Civil Veterinary Department Bihar reports 1936-40 - 1936-1940
Year: 1936
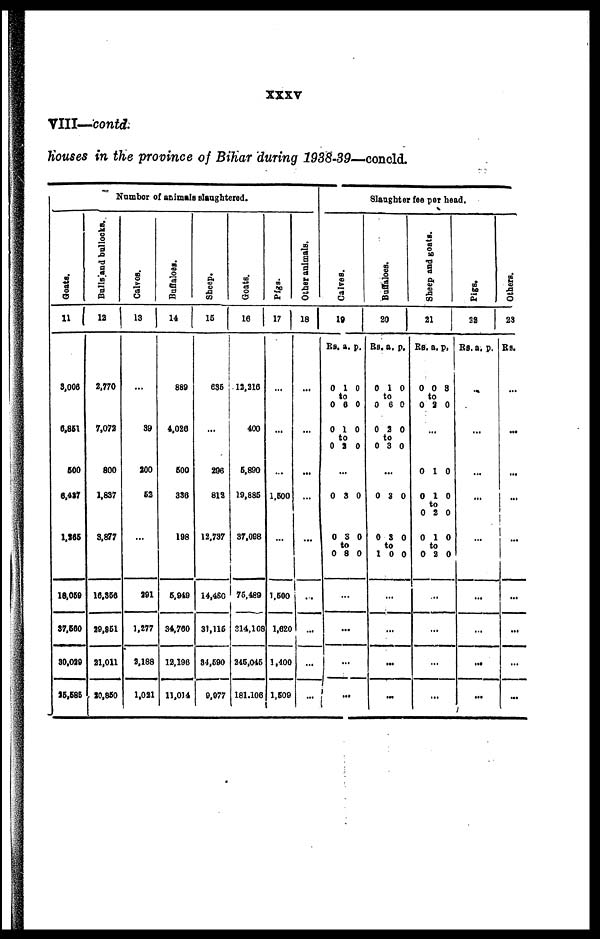
XXXV
VIII—- contd.
Houses in the province of Bihar during 1938-39—conoid.
Number of animals slaughtered.
Goats.
11
3,006
6,851
600
6,437
1,265
18,069
37,660
30,029
25,585
Bulls and bullocks.
12
2,770
7,072
800
1,837
3,877
16.366
29,951
21,011
20,850
Calves.
13
...
39
200
62
...
291
1,277
2,188
1,021
Buffaloes.
14
889
4,026
600
336
198
6,949
34,760
12,196
11,014
Sheep.
...
15
635
...
296
812
12,737
14,4SC
31,116
34,690
9,977
Goats.
16
12,216
400
6,890
19,885
37,098
75,489
314,108
245,045
181.106
Pigs.
17
...
...
...
1,600
...
1.600
1,620
1,400
1,609
Other animals.
18
...
...
...
...
...
...
...
...
...
Slaughter fee per head.
Calves.
19
Rs. a. p.
0 10
to
0 6 0
0 10
to
0 2 0
...
0 3 0
0 3 0
to
0 8 0
...
...
...
...
Buffaloes.
20
Rs. a. p.
0 10
to
0 6 0
0 2 0
to
0 3 0
...
0 3 0
0 3 0
to
10 0
...
...
...
...
Sheep and goats.
21
Rs. a. P
0 0 8
to
0 2 0
...
0 1 0
0 10
0 2 0
0 10
to
0 2 0
...
...
...
...
Pigs.
22
Rs. a, p.
...
...
...
...
...
...
...
...
...
Others.
23
Rs.
...
...
...
...
...
...
...
...
...